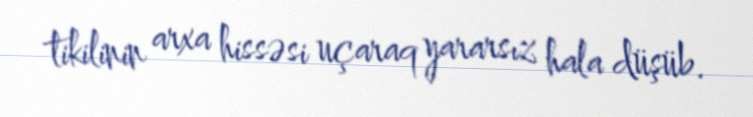
tikilinin arxa hissəsi uçaraq yararsız hala düşüb.